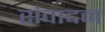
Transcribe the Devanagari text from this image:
संवादन